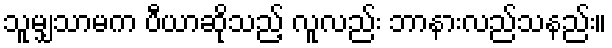
သူမျှသာမက ပီယာဆိုသည့် လူလည်း ဘာနားလည်သနည်း။